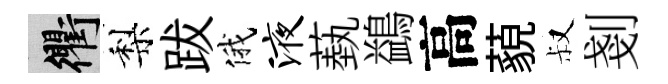
衢梨跋俄液蓺鷁高藐叔剗